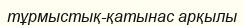
тұрмыстық-қатынас арқылы